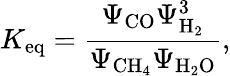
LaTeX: K_{\mathrm{eq}}=\frac{\Psi_{\mathrm{CO}}\Psi_{\mathrm{H_{2}}}^{3}}{\Psi_{\mathrm{CH_{4}}}\Psi_{\mathrm{H_{2}O}}},